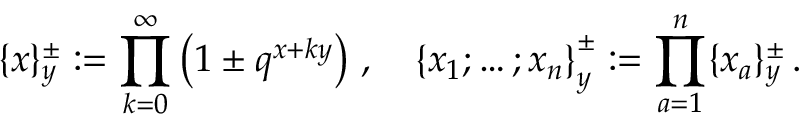
\{ x \} _ { y } ^ { \pm } : = \prod _ { k = 0 } ^ { \infty } \left( 1 \pm q ^ { x + k y } \right) \, , \quad \left\{ x _ { 1 } ; \ldots ; x _ { n } \right\} _ { y } ^ { \pm } : = \prod _ { a = 1 } ^ { n } \{ x _ { a } \} _ { y } ^ { \pm } \, .